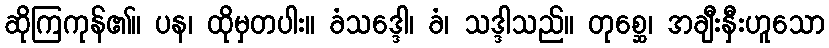
ဆိုကြကုန်၏။ ပန၊ ထိုမှတပါး။ ခံသဒ္ဒေါ၊ ခံ၊ သဒ္ဒါသည်။ တုစ္ဆေ၊ အချီးနှီးဟူသော